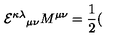
{ { \cal E } ^ { \kappa \lambda } } _ { \mu \nu } M ^ { \mu \nu } = \frac { 1 } { 2 } (